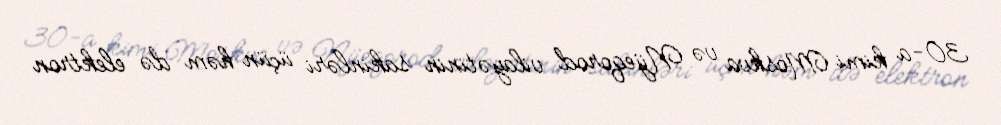
30-a kimi Moskva və Nijeqorod vilayətinin sakinləri üçün həm də elektron